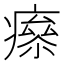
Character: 𤹮